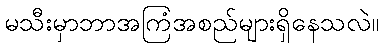
မသီးမှာဘာအကြံအစည်များရှိနေသလဲ။